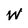
Character: W